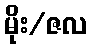
မိုး/ဇလ